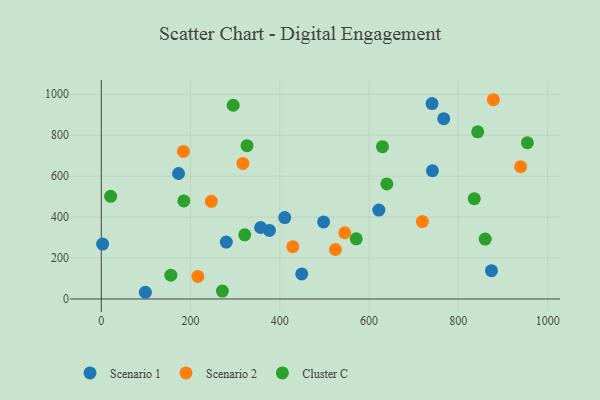
{"axis": {"x": "Speed", "y": "Profit"}, "legend": ["Cluster C", "Scenario 1", "Scenario 2"], "data": [{"x": "173.1", "y": 613.0, "type": "Scenario 1"}, {"x": "741.9", "y": 626.5, "type": "Scenario 1"}, {"x": "280.0", "y": 278.1, "type": "Scenario 1"}, {"x": "741.0", "y": 954.6, "type": "Scenario 1"}, {"x": "3.0", "y": 268.2, "type": "Scenario 1"}, {"x": "376.7", "y": 334.8, "type": "Scenario 1"}, {"x": "98.8", "y": 32.7, "type": "Scenario 1"}, {"x": "767.2", "y": 880.6, "type": "Scenario 1"}, {"x": "411.0", "y": 397.5, "type": "Scenario 1"}, {"x": "498.1", "y": 376.5, "type": "Scenario 1"}, {"x": "621.9", "y": 434.1, "type": "Scenario 1"}, {"x": "874.2", "y": 138.1, "type": "Scenario 1"}, {"x": "356.9", "y": 349.2, "type": "Scenario 1"}, {"x": "449.1", "y": 122.5, "type": "Scenario 1"}, {"x": "184.0", "y": 721.0, "type": "Scenario 2"}, {"x": "719.3", "y": 378.0, "type": "Scenario 2"}, {"x": "545.5", "y": 323.6, "type": "Scenario 2"}, {"x": "524.7", "y": 241.6, "type": "Scenario 2"}, {"x": "878.3", "y": 973.4, "type": "Scenario 2"}, {"x": "939.5", "y": 646.4, "type": "Scenario 2"}, {"x": "216.4", "y": 110.0, "type": "Scenario 2"}, {"x": "246.5", "y": 476.9, "type": "Scenario 2"}, {"x": "429.1", "y": 255.2, "type": "Scenario 2"}, {"x": "317.3", "y": 662.2, "type": "Scenario 2"}, {"x": "321.4", "y": 313.2, "type": "Cluster C"}, {"x": "155.8", "y": 116.2, "type": "Cluster C"}, {"x": "843.3", "y": 816.7, "type": "Cluster C"}, {"x": "271.3", "y": 38.6, "type": "Cluster C"}, {"x": "326.5", "y": 749.0, "type": "Cluster C"}, {"x": "835.6", "y": 489.9, "type": "Cluster C"}, {"x": "630.0", "y": 744.1, "type": "Cluster C"}, {"x": "954.6", "y": 763.1, "type": "Cluster C"}, {"x": "184.9", "y": 479.0, "type": "Cluster C"}, {"x": "21.0", "y": 501.4, "type": "Cluster C"}, {"x": "571.2", "y": 293.6, "type": "Cluster C"}, {"x": "860.1", "y": 292.6, "type": "Cluster C"}, {"x": "639.8", "y": 562.1, "type": "Cluster C"}, {"x": "295.5", "y": 946.4, "type": "Cluster C"}]}